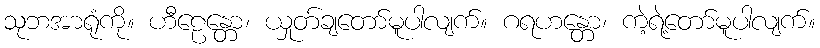
သုဘအာရုံကို။ ဟီဠေန္တော၊ ယှုတ်ချတော်မူပါလျက်။ ဂရဟန္တော၊ ကဲ့ရဲ့တော်မူပါလျက်။